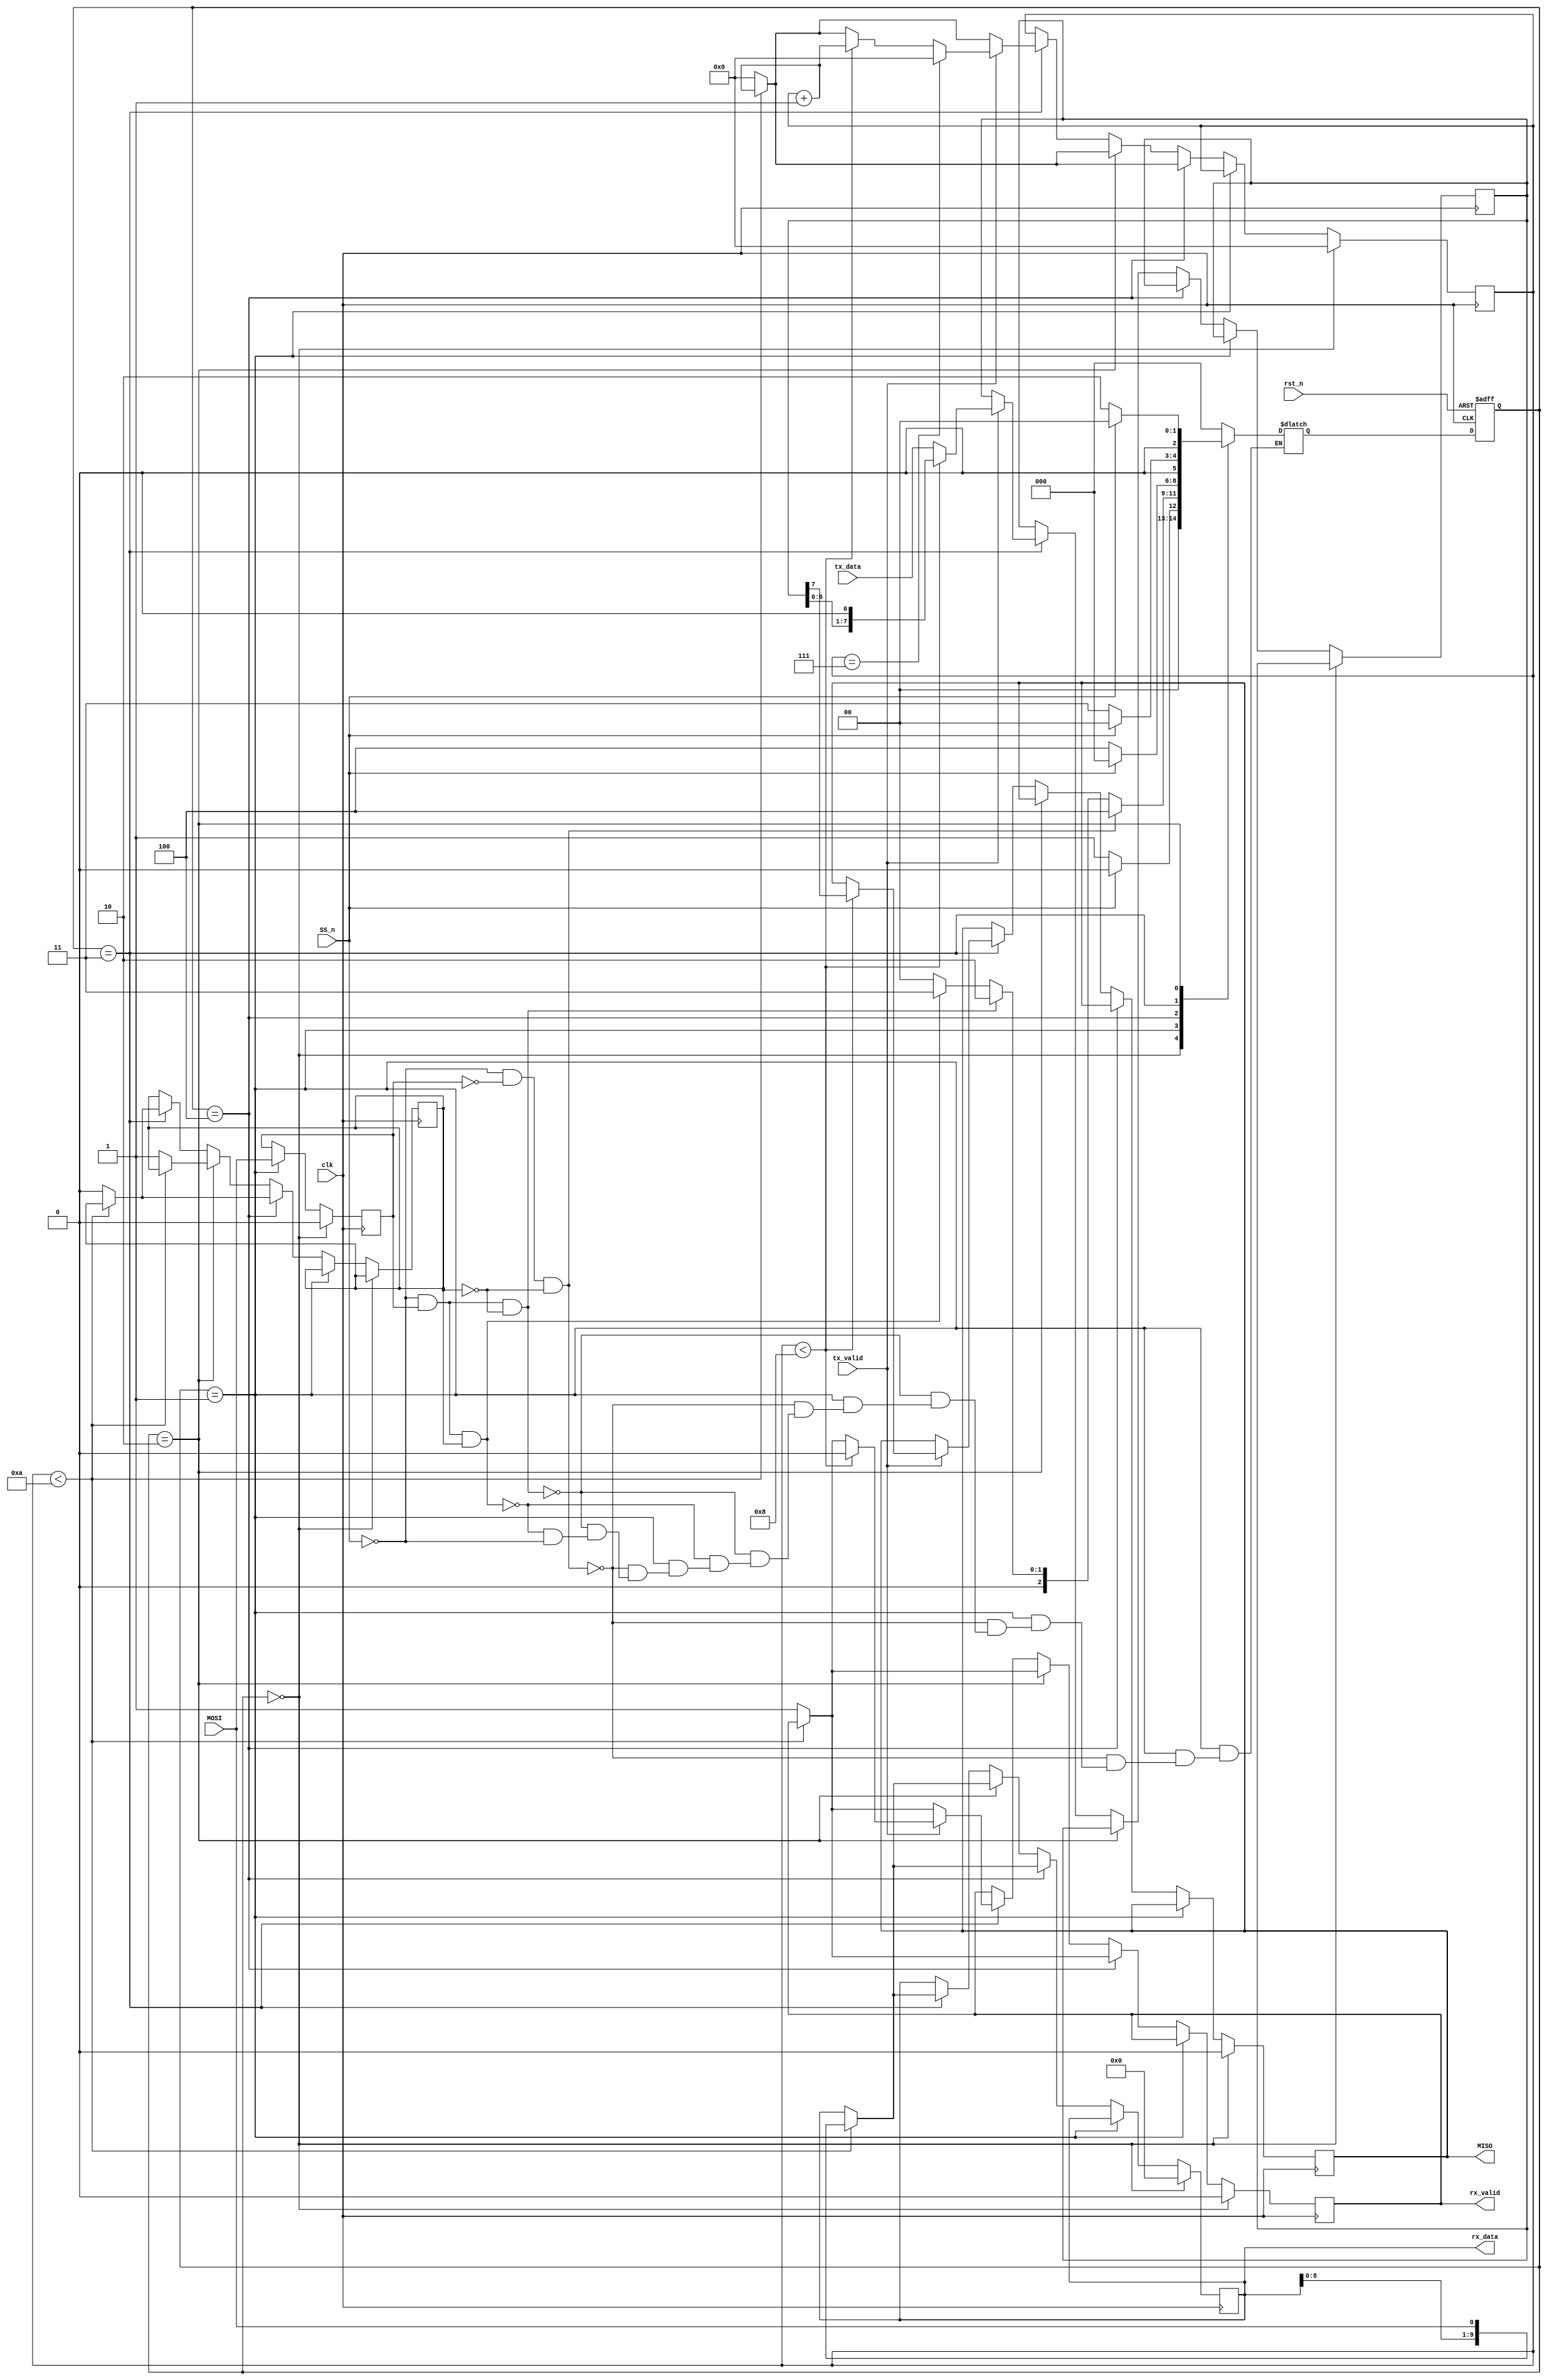
module SPI_Slave(clk,rst_n,SS_n,MOSI,tx_valid,tx_data,MISO,rx_valid,rx_data);
input clk,rst_n,SS_n,MOSI,tx_valid;
input [7:0] tx_data;
output reg MISO,rx_valid;
output reg[9:0] rx_data;

//States
parameter[2:0] IDLE=3'b000; 
parameter[2:0] CHK_CMD=3'b001;
parameter[2:0] READ_ADDR=3'b010;
parameter[2:0] READ_DATA=3'b011;
parameter[2:0] WRITE=3'b100;

integer k,g;
reg check_read;
reg check_cmd;
reg [3:0] count=0;
reg [2:0] count_2=0;
reg [2:0]cs,ns;
reg[7:0] tx_buffer;

always @(*)begin
	case(cs)

    IDLE:
    begin 
    if(~SS_n) 
    	ns=CHK_CMD;
    else ns=IDLE;
    end

    CHK_CMD:
    begin
    if(SS_n==0&&check_cmd==0&&check_read==0)
    	ns=WRITE;
      else if(SS_n==0&&check_cmd==1&&check_read==0)
    	ns=READ_ADDR;
      else if(SS_n==0&&check_cmd==1&&check_read==1)
    	ns=READ_DATA;
    	else if(SS_n) ns=IDLE;
    	//else ns=CHK_CMD;
    end

    WRITE:
    begin
    if(SS_n==0)
    	ns=WRITE;
    else ns=IDLE;
    end

    READ_DATA:
    begin
    if(SS_n==0)
    	ns=READ_DATA;
    else ns=IDLE;
    end

    READ_ADDR:
    begin
    if(SS_n==0)
    	ns=READ_ADDR;
    else ns=IDLE;	
    end

    default: ns = IDLE;
	endcase
end

always @(posedge clk or negedge rst_n) begin
	if (~rst_n) begin
		cs<=IDLE;
	end
	else begin
		cs<=ns;
	end
end

always @(posedge clk) begin
	
	if(cs==IDLE) begin
		rx_data<=0;
		rx_valid<=0;
		MISO<=0;
		count<=0;
		check_cmd<=0;
		//check_read<=0;
	end	


	else if(cs==CHK_CMD) begin
		check_cmd<=MOSI;
        //check_read<=1;
	end


	else if(cs==WRITE) begin

		if(count<10) begin
			rx_data<={rx_data[8:0],MOSI};
			count<=count+1;
		end

		else begin
			count<=0;
			rx_valid<=1;
			check_read<=0;
		end

	end	


	else if(cs==READ_ADDR) begin
		//if(check_read==0) begin
			/*if(count==0) begin
				rx_data[9]<=1;	
			end

			else if(count==1) begin
				rx_data[8]<=0;	
			end*/

			//else 
			if(count<10) begin
				rx_data<={rx_data[8:0],MOSI};
				count<=count+1;
			end
			else begin
				count<=0;
				check_read<=1;
				rx_valid<=1;
			end

		//end	 
		
	end
	

	else if(cs==READ_DATA) begin

		//if(check_read==1) begin
		k=1;
			/*if(count==0) begin
				rx_data[9]<=1;	
			end

			else if(count==1) begin
				rx_data[8]<=1;	
			end*/

			//else 
			if(count<10) begin
				rx_data<={rx_data[8:0],MOSI};
				count<=count+1;
			end
			else begin
				count<=0;
				check_read<=0;
				rx_valid<=1;
			end

		//end
		//removed else	 
		  if(tx_valid) begin
		        tx_buffer<=tx_data;
			if(count<8) begin
				//MISO<=tx_data[7-count];
				MISO<=tx_buffer[7];
	  			tx_buffer<={tx_buffer[6:0],1'b0};
				rx_valid <= 0;
				count<=count+1;
			end
			if(count==7) begin
				count<=0;
			end

		end

	end



end

endmodule